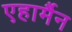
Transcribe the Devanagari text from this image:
एहार्मैन